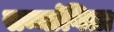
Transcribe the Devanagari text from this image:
सम्मांगिता